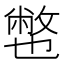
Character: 𱎏